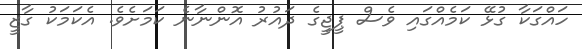
ހައްގަކާ ގުޅޭ ކަމެއްގައި ވެސް ޕީޖީގެ ދައުރު އޮންނާނެ ކަމަށެވެ. އެކަމަކު ގާޒީ